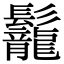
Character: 𩰀